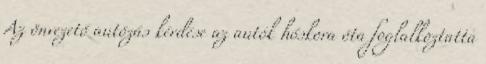
Az önvezető autózás kérdése az autók hőskora óta foglalkoztatta